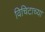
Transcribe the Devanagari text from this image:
विचिटाच्या